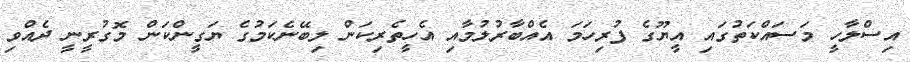
އިސްލާހީ މަސައްކަތުގައި އީޔޫގެ ފުރިހަމަ އެއްބާރުލުމާއި އެހީތެރިކަން ލިބޭނެކަމުގެ ޔަގީންކަން މޮގުރީނީ ދެއްވި